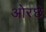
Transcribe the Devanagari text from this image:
ओरछे